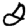
Digit: 2